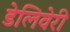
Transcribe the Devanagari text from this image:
डेलिवेरी